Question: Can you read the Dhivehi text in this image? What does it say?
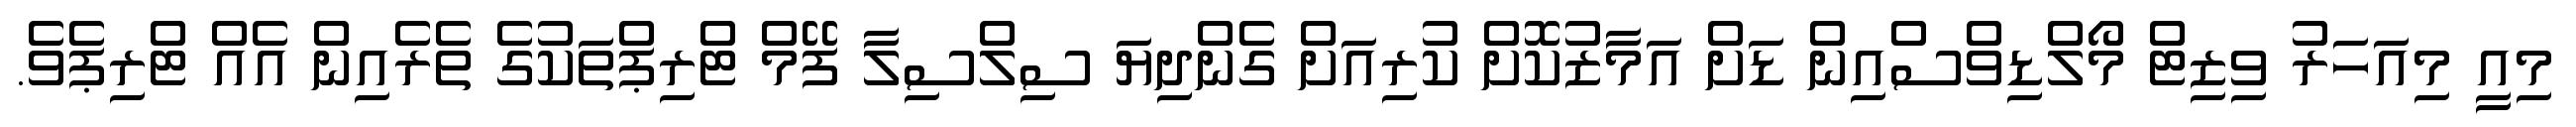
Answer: މިއީ މިއަހަރު ވިޒިޓް މޯލްޑިވްސްއިން ޑަށް އަމާޒުކޮށް ކުރިއަށް ގެންދިޔަ ސިލްސިލާ ފޭމް ޓްރިޕްތަކުގެ ތެރެއިން އެއް ޓްރިޕެވެ.